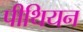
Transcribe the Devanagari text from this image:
पीथियन